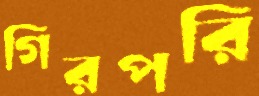
গিরপরি